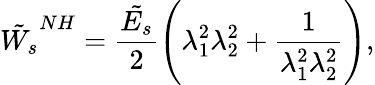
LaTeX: \tilde{W_{s}}^{NH}=\frac{\tilde{E_{s}}}{2}\left(\lambda_{1}^{2}\lambda_{2}^{2}+\frac{1}{\lambda_{1}^{2}\lambda_{2}^{2}}\right),